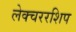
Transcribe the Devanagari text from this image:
लेक्चररशिप